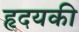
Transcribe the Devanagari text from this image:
हृदयकी